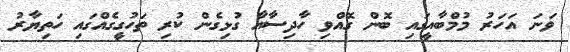
ވަނަ އަހަރު މުމްބާއީގައި ބޮން ގޮއްވި ހާދިސާއާ ގުޅިގެން ކުރި ތަހުގީގެއްގައި ހަތިޔާރު